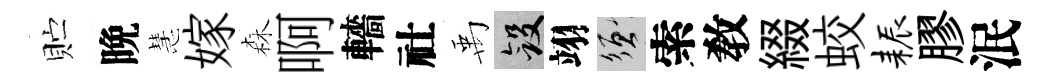
贮晩慧嫁森啊轖社禹斂翊須索敎綴蛟耨膠泯